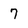
Character: 7